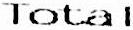
TOTAL